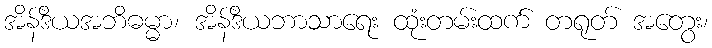
အိန်ဒိယအဘိဓမ္မာ၊ အိန်ဒိယဘာသာရေး ထုံးတမ်းထက် တရုတ် အတွေး၊